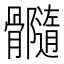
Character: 𩪷